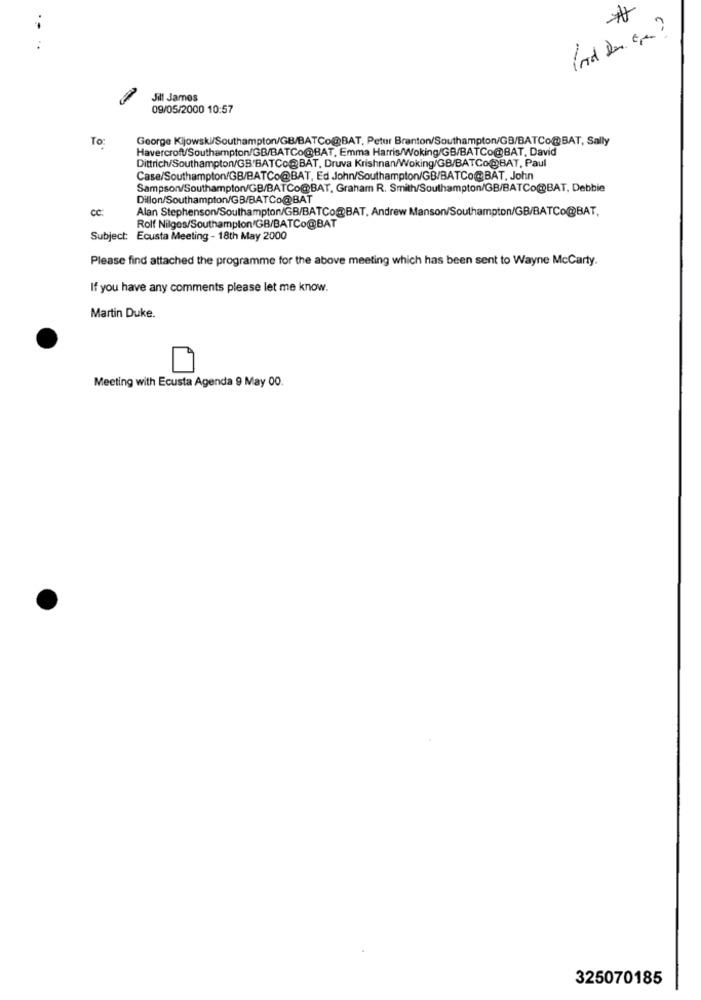
.. ..
Jill James
09/05/2000 10:57
To:
George Kijowski/Southampton/GB/BATCo@BAT, Petur Branton/Southampton/GB/BATCo@BAT, Sally
Havercroft/Southampton/GB/BATCo@BAT, Emma Harris/Woking/GB/BATCo@BAT, David
Dittrich/Southampton/GB'BATCo@BAT, Druva Krishnan/Woking/GB/BATCo@BAT, Paul
Case/Southampton/GB/BATCo@BAT, Ed John/Southampton/GB/BATCo@BAT, John
Sampson/Southampton/GB/BATCo@BAT, Graham R. Smith/Southampton/GB/BATCo@BAT, Debbie
Dillon/Southampton/GB/BATCo@BAT
Alan Stephenson/Southampton/GB/BATCo@BAT, Andrew Manson/Southampton/GB/BATCo@BAT,
Rolf Nilges/Southampton/GB/BATCo@BAT
Subject: Ecusta Meeting - 18th May 2000
Please find attached the programme for the above meeting which has been sent to Wayne McCarty.
If you have any comments please let me know.
Martin Duke.
Meeting with Ecusta Agenda 9 May 00.
325070185